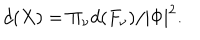
d ( X ) = { \Pi } _ { \nu } d ( F _ { \nu } ) / | \Phi | ^ { 2 } .